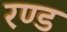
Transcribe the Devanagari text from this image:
रण्ड